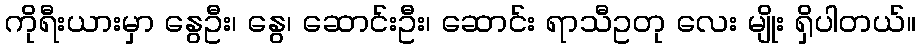
ကိုရီးယားမှာ နွေဦး၊ နွေ၊ ဆောင်းဦး၊ ဆောင်း ရာသီဥတု လေး မျိုး ရှိပါတယ်။